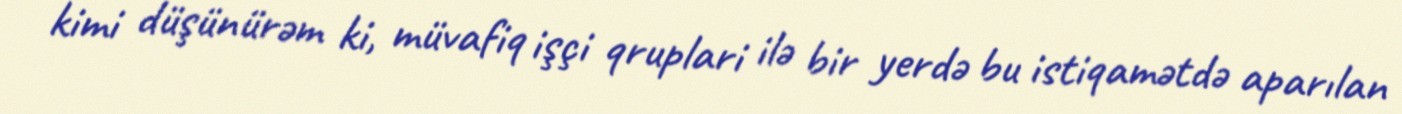
kimi düşünürəm ki, müvafiq işçi qruplari ilə bir yerdə bu istiqamətdə aparılan